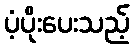
ပံ့ပိုးပေးသည့်